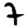
Digit: 7